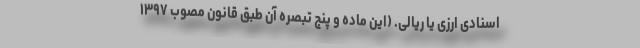
اسنادی ارزی یا ریالی. (این ماده و پنج تبصره آن طبق قانون مصوب ۱۳۹۷